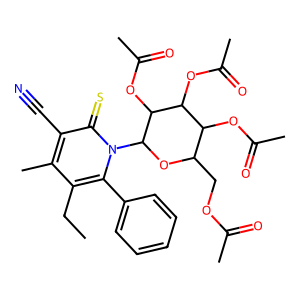
SMILES: CCc1c(C)c(C#N)c(=S)n(C2OC(COC(C)=O)C(OC(C)=O)C(OC(C)=O)C2OC(C)=O)c1-c1ccccc1
Inhibits HIV replication: No